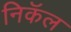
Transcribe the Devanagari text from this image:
निकॅल